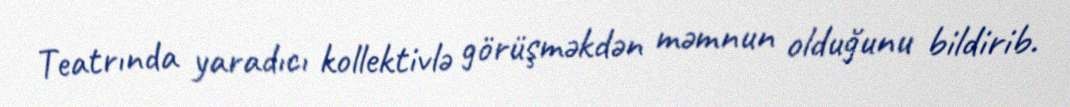
Teatrında yaradıcı kollektivlə görüşməkdən məmnun olduğunu bildirib.